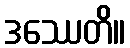
ဒဿေတိ။